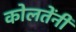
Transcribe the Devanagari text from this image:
कोलतेंनी